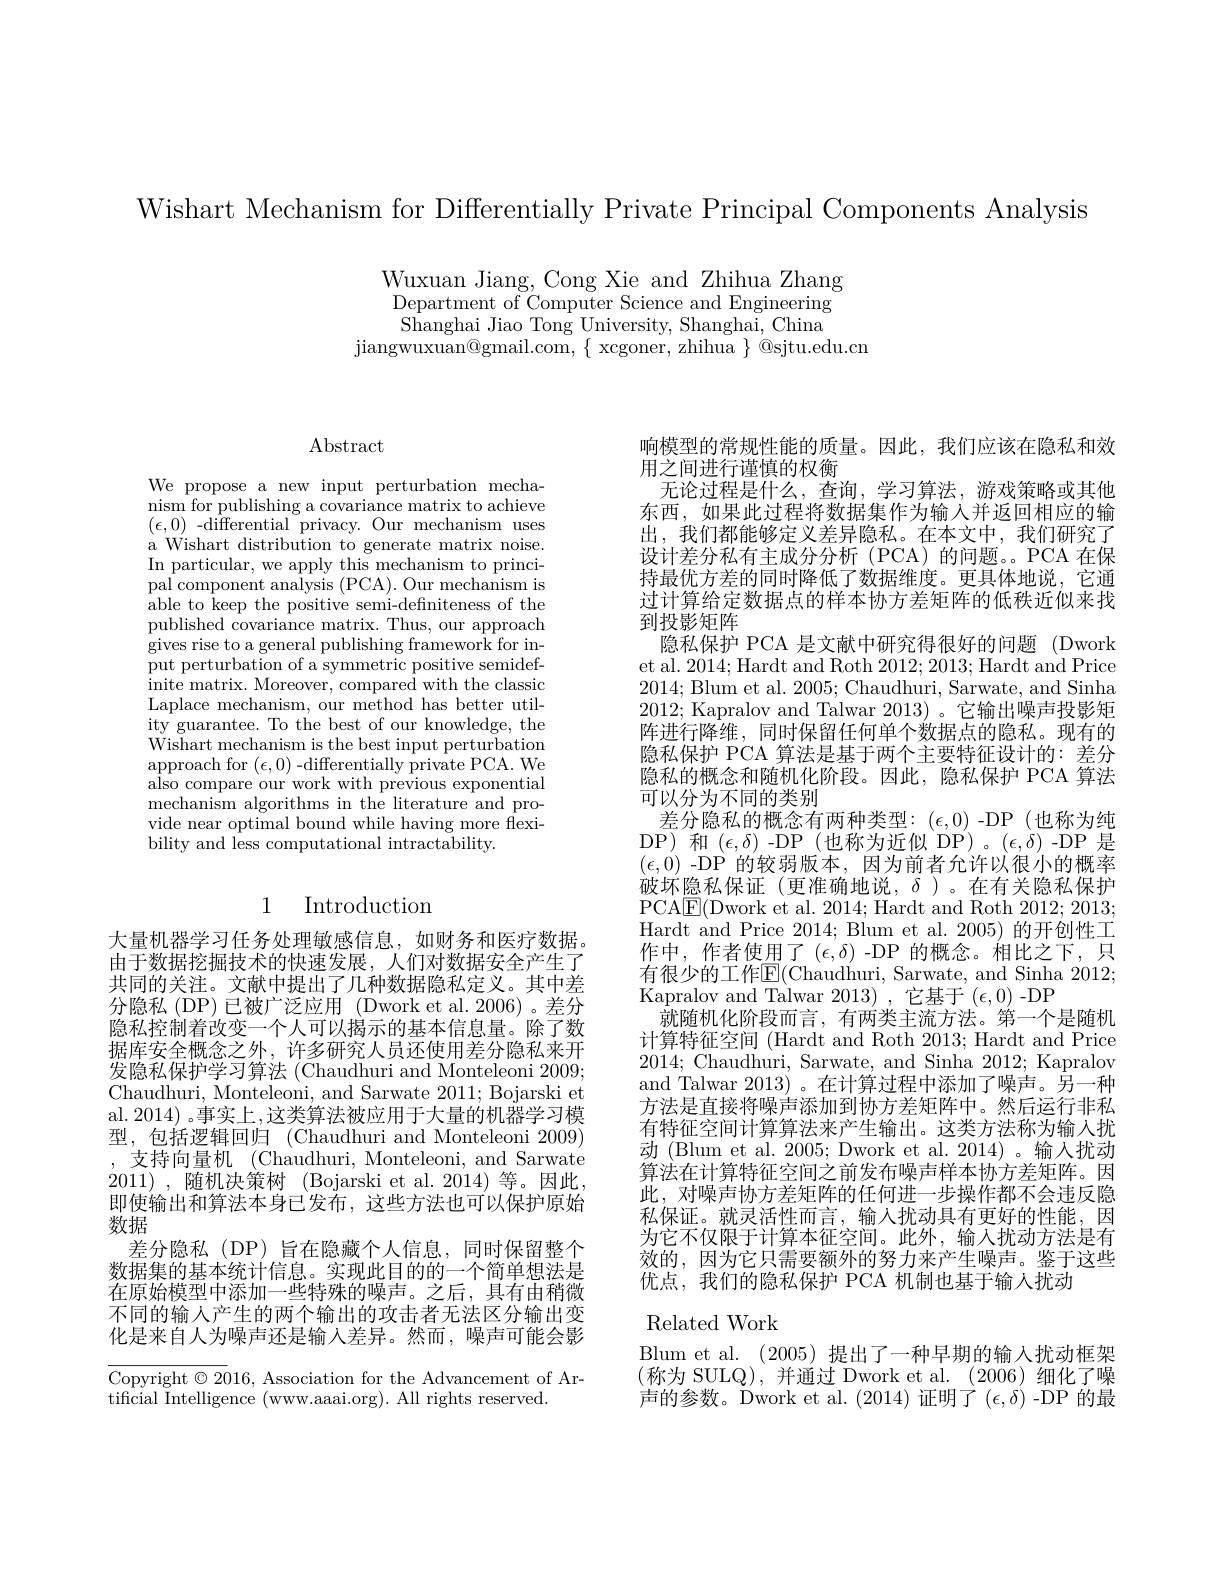
Wishart Mechanism for Differentially Private Principal Components Analysis

Wuxuan Jiang, Cong Xie and Zhihua Zhang Department of Computer Science and Engineering Shanghai Jiao Tong University, Shanghai, China
$jiangwuxuan@gmail.com,\{~xcgoner,~zhihua~\}~@sjtu.edu.cm$

$\operatorname{Abstract}$

We propose a new input perturbation mechanism for publishing a covariance matrix to achieve $(\epsilon,0)$ -differential privacy. Our mechanism uses a Wishart distribution to generate matrix noise. In particular, we apply this mechanism to principal component analysis (PCA). Our mechanism is able to keep the positive semi-defniteness of the published covariance matrix. Thus, our approach gives rise to a general publishing framework for in- $\bar{\text{put perturbation of a symmetric positive semidef-}}$ inite matrix. Moreover, compared with the classic Laplace mechanism, our method has better utility guarantee. To the best of our knowledge, the Wishart mechanism is the best input perturbation $\underset{{\mathrm{approach~for~}}}{\operatorname*{\operatorname*{approach~for~}}}(\epsilon,0)\overset{{\mathrm{-differentially~private~PCA.~We}}}{\operatorname*{\operatorname*{\operatorname*{differentially~private~PCA.~We}}}}$ also compare our work with previous exponential mechanism algorithms in the literature and pro- vide near optimal bound while having more flexibility and less computational intractability.

## 1 Introduction

大量机器学习任务处理敏感信息，如财务和医疗数据。由于数据挖掘技术的快速发展，人们对数据安全产生了共同的关注。文献中提出了几种数据隐私定义。其中差分隐私(DP)已被广泛应用 (Dwork et al.2006)。差分隐私控制着改变一个人可以揭示的基本信息量。除了数据库安全概念之外，许多研究人员还使用差分隐私来开发隐私保护学习算法 (Chaudhuri and Monteleoni 2009; Chaudhuri, Monteleoni, and Sarwate 2011; Bojarski et al. 2014) 。事实上 ,这类算法被应用于大量的机器学习模型，包括逻辑回归 (Chaudhuri and Monteleoni 2009) ,支持向量机(Chaudhuri, Monteleoni, and Sarwate 2011) ,随机决策树 (Bojarski et al. 2014)等。因此即使输出和算法本身已发布，这些方法也可以保护原始数据
差分隐私(DP)旨在隐藏个人信息，同时保留整个数据集的基本统计信息。实现此目的的一个简单想法是在原始模型中添加一些特殊的噪声。之后，具有由稍微不同的输人产生的两个输出的攻击者无法区分输出变化是来自人为噪声还是输入差异。然而，噪声可能会影

Copyright $\odot2016$, Association for the Advancement of Ar-
tificial Intelligence (www.aaai.org). All rights reserved.

响模型的常规性能的质量。因此，我们应该在隐私和效
用之间进行谨慎的权衡
无论过程是什么，查询，学习算法，游戏策略或其他东西，如果此过程将数据集作为输入并返回相应的输出，我们都能够定义差异隐私。在本文中，我们研究了设计差分私有主成分分析 (PCA)的问题。PCA 在保持最优方差的同时降低了数据维度。更具体地说，它通过计算给定数据点的样本协方差矩阵的低秩近似来找到投影矩阵
隐私保护 PCA 是文献中研究得很好的问题 (Dwork et al. 2014; Hardt and Roth 2012; 2013; Hardt and Price 2014;Blum et al. 2005; Chaudhuri, Sarwate, and Sinha 2012; Kapralov and Talwar 2013)。它输出噪声投影矩阵进行降维，同时保留任何单个数据点的隐私。现有的隐私保护 PCA 算法是基于两个主要特征设计的：差分隐私的概念和随机化阶段。因此，隐私保护 PCA 算法可以分为不同的类别
差分隐私的概念有两种类型：($\epsilon,0)-DP(也称为纯$ DP) 和 $(\epsilon,\delta)$ -DP (也称为近似 DP)。$(\epsilon,\delta)$-DP 是$(\epsilon,0)$ -DP 的较弱版本，因为前者允许以很小的概率破坏隐私保证(更准确地说，$\delta)。在有关隐私保护$ PCA$\underline {{\mathrm{E} }}($Dwork et al. 2014; Hardt and Roth 2012; 2013; Hardt and Price 2014; Blum et al. 2005) 的开创性工作中，作者使用了($\epsilon,\delta)$ -DP 的概念。相比之下，只有很少的工作E(Chaudhuri, Sarwate, and Sinha 2012; Kapralov and Talwar 2013),它基于($\epsilon,0)$-DP
就随机化阶段而言，有两类主流方法。第一个是随机计算特征空间 (Hardt and Roth 2013; Hardt and Price 2014; Chaudhuri, Sarwate, and Sinha 2012; Kapralov and Talwar 2013) 。在计算过程中添加了噪声。另一种方法是直接将噪声添加到协方差矩阵中。然后运行非私有特征空间计算算法来产生输出。这类方法称为输入扰动 (Blum et al. 2005; Dwork et al. 2014)。输入扰动算法在计算特征空间之前发布噪声样本协方差矩阵。因此，对噪声协方差矩阵的任何进一步操作都不会违反隐私保证。就灵活性而言，输入扰动具有更好的性能，因为它不仅限于计算本征空间。此外，输入扰动方法是有效的，因为它只需要额外的努力来产生噪声。鉴于这些优点，我们的隐私保护 PCA 机制也基于输人扰动
$\operatorname{Related}$Work

Blum et al. (2005)提出了一种早期的输入扰动框架(称为 SULQ),并通过 Dwork et al.(2006)细化了噪声的参数。Dwork et al.(2014)证明了($\epsilon,\delta)$-DP 的最